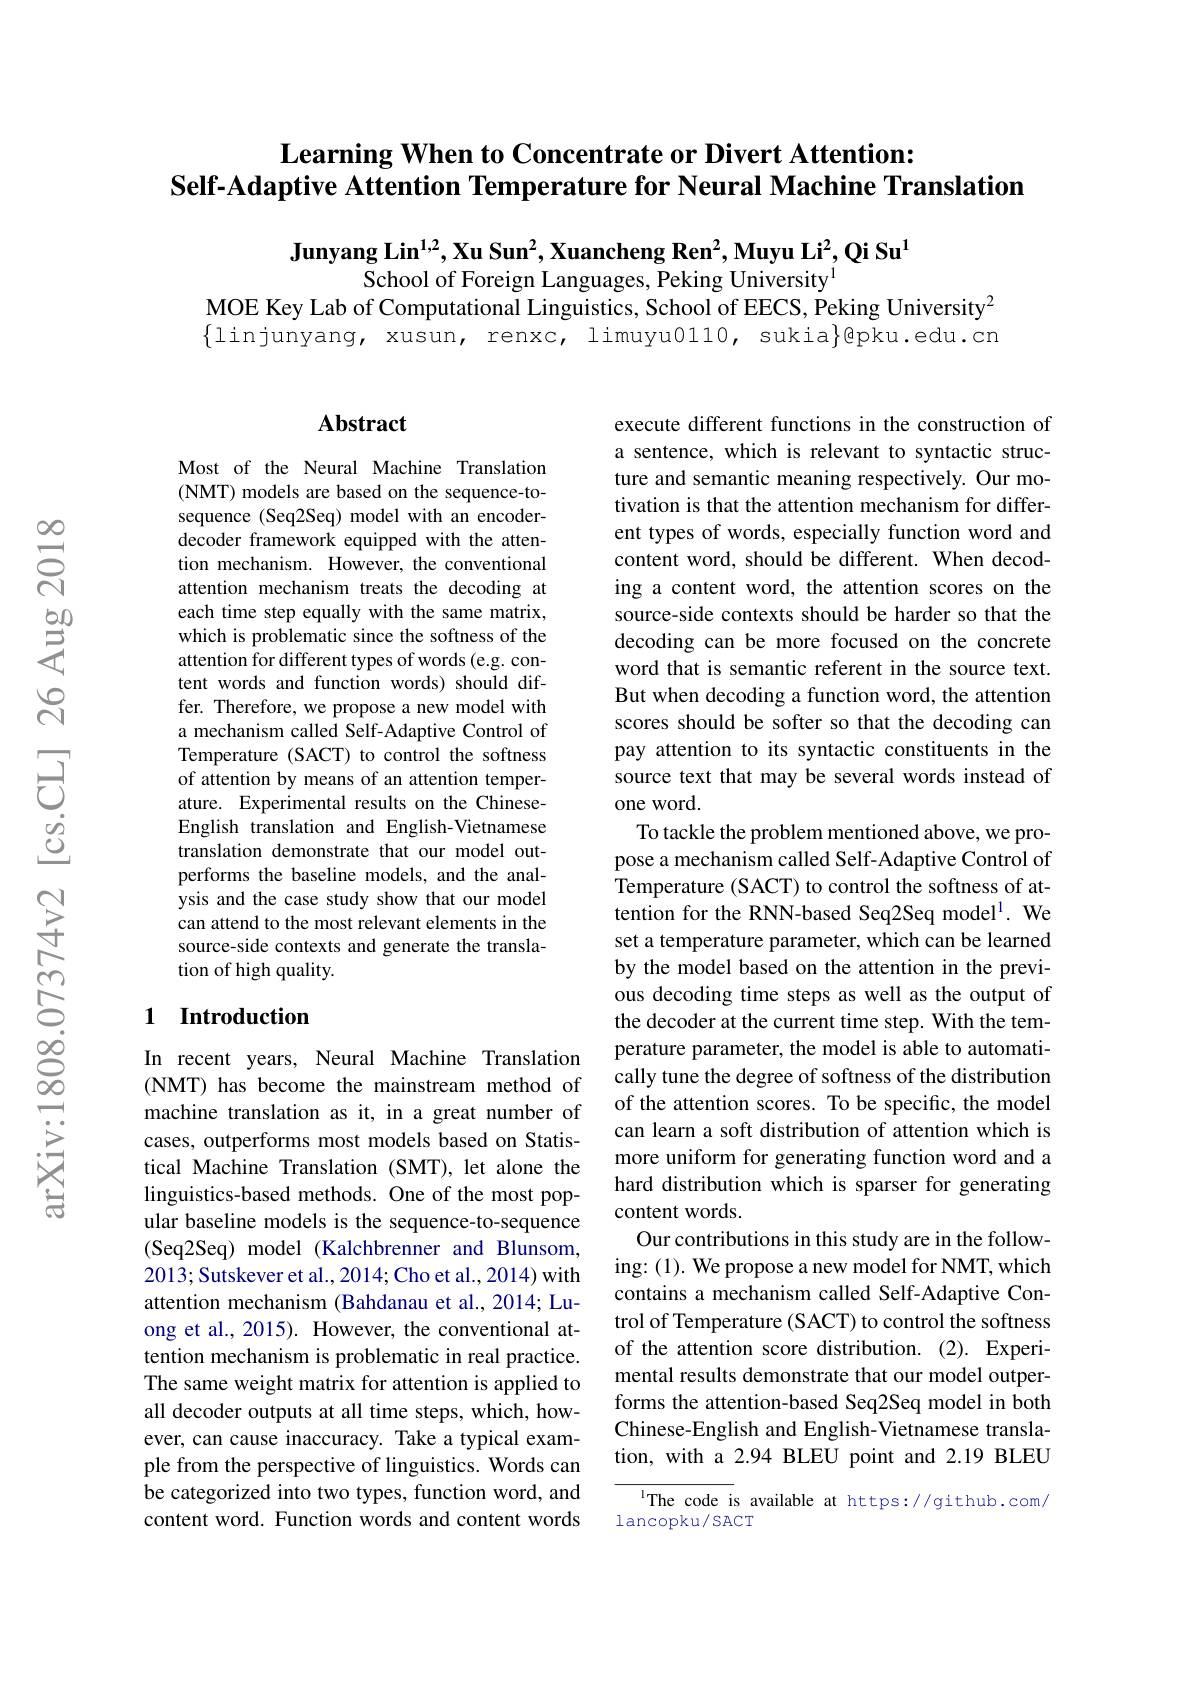
# Learning When to Concentrate or Divert Attention: Self-Adaptive Attention Temperature for Neural Machine Translation

Junyang Lin$^1,2$,Xu Sun$^2$,Xuancheng Ren$^2$,Muyu Li$^2,\textbf{Qi Su}^1$
School of Foreign Languages, Peking University$^{1}$
MOE Key Lab of Computational Linguistics, School of EECS, Peking University$^{2}$ $\{$linjunyang, xusun, renxc, limuyu0110, sukia$\}$@pku.edu.cn

### $\mathbf{Abstract}$

Most of the Neural Machine Translation (NMT) models are based on the sequence-tosequence (Seq2Seq) model with an encoderdecoder framework equipped with the attention mechanism. However, the conventional attention mechanism treats the decoding at each time step equally with the same matrix, which is problematic since the softness of the attention for different types of words (e.g. content words and function words) should differ. Therefore, we propose a new model with a mechanism called Self-Adaptive Control of Temperature (SACT) to control the softness of attention by means of an attention temperature. Experimental results on the ChineseEnglish translation and English-Vietnamese translation demonstrate that our model outperforms the baseline models, and the analysis and the case study show that our model can attend to the most relevant elements in the source-side contexts and generate the translation of high quality.

## 1 Introduction

In recent years, Neural Machine Translation (NMT) has become the mainstream method of machine translation as it, in a great number of cases, outperforms most models based on Statistical Machine Translation (SMT), let alone the linguistics-based methods. One of the most popular baseline models is the sequence-to-sequence (Seq2Seq) model (Kalchbrenner and Blunsom, 2013; Sutskever et al., 2014; Cho et al., 2014) with attention mechanism (Bahdanau et al.,2014; Luong et al., 2015). However, the conventional attention mechanism is problematic in real practice. The same weight matrix for attention is applied to all decoder outputs at all time steps, which, however, can cause inaccuracy. Take a typical example from the perspective of linguistics. Words can be categorized into two types, function word, and content word. Function words and content words

execute different functions in the construction of a sentence, which is relevant to syntactic structure and semantic meaning respectively. Our motivation is that the attention mechanism for different types of words, especially function word and content word, should be different. When decoding a content word, the attention scores on the source-side contexts should be harder so that the decoding can be more focused on the concrete word that is semantic referent in the source text. But when decoding a function word, the attention scores should be softer so that the decoding can pay attention to its syntactic constituents in the source text that may be several words instead of one word.
To tackle the problem mentioned above, we propose a mechanism called Self-Adaptive Control of Temperature (SACT) to control the softness of attention for the RNN-based Seq2Seq model$^{1}.$ We set a temperature parameter, which can be learned by the model based on the attention in the previous decoding time steps as well as the output of the decoder at the current time step. With the temperature parameter, the model is able to automatically tune the degree of softness of the distribution of the attention scores. To be specific, the model can learn a soft distribution of attention which is more uniform for generating function word and a hard distribution which is sparser for generating content words.
Our contributions in this study are in the following: (1). We propose a new model for NMT, which contains a mechanism called Self-Adaptive Control of Temperature (SACT) to control the softness of the attention score distribution. (2). Experimental results demonstrate that our model outperforms the attention-based Seq2Seq model in both Chinese-English and English-Vietnamese translation, with a 2.94 BLEU point and 2.19 BLEU
The code is available at https://github.com/

lancopku/SACT